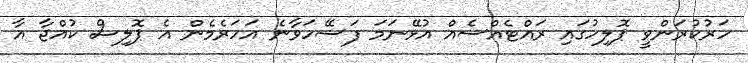
ހަރުކުރަންވީ ޕޮލިހުގައި ރައްޓެއްސެއް އުޅޭނަމަ ފަސޭހަވާނެ އަހަރެމެން އެ ޕޮލިސް ކުއްޖާ އާ